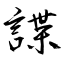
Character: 諜